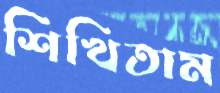
শিখিতাম